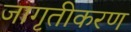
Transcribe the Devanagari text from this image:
जागृतीकरण